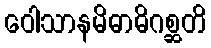
ဝေါသာနမိဓာဓိဂစ္ဆတိ